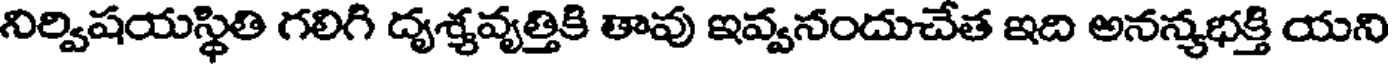
నిర్విషయస్థితి గలిగి దృశ్చవృత్తికి తావు ఇవ్వనందుచేత ఇది అనన్యభక్తి యని